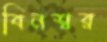
বিনশ্বর